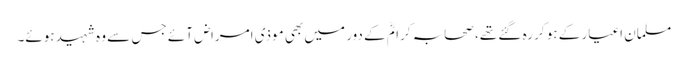
مسلمان اغیار کے ہو کر رہ گئے تھے، صحابہ کرامؓ کے دور میں بھی موذی امراض آئے جس سے وہ شہید ہوئے۔